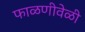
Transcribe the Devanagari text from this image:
फाळणीवेळी